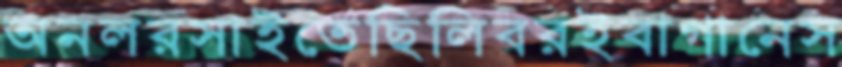
অনলরসাইতেছিলিবরইবাগানেস